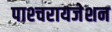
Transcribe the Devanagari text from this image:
पाश्‍चरायजेशन